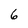
Character: 6